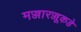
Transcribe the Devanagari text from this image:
मज्जारज्जूकडे